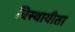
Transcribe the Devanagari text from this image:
चिस्थायीता